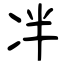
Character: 冸